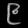
Digit: ၉